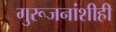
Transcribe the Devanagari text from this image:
गुरूजनांशीही